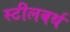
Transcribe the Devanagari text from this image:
स्टीलबर्थ